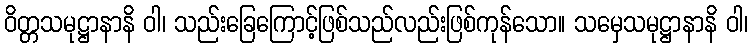
ဝိတ္တသမုဋ္ဌာနာနိ ဝါ၊ သည်းခြေကြောင့်ဖြစ်သည်လည်းဖြစ်ကုန်သော။ သမှေသမုဋ္ဌာနာနိ ဝါ၊